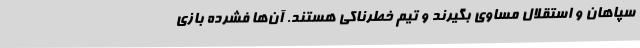
سپاهان و استقلال مساوی بگیرند و تیم خطرناکی هستند. آن‌ها فشرده بازی